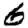
Digit: 6